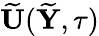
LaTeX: \widetilde{{\mathbf U}}(\widetilde{{\mathbf Y}},\tau)